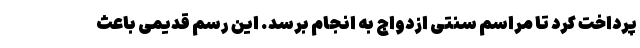
پرداخت کرد تا مراسم سنتی ازدواج به انجام برسد. این رسم قدیمی باعث